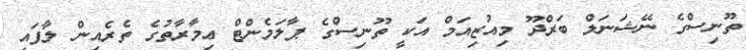
ތޫނިސްގެ ނޭޝަނަލް ބަރްދޫ މިއުޒިއަމް އަކީ ތޫނިސްގެ ޕާލަމެންޓް ޢިމާރާތުގެެ ތެރެއިން ލާފައި